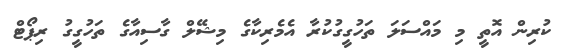
ކުރިން އޮތީ މި މައްސަލަ ތަހުގީގުކުރާ އެމެރިކާގެ މިޝޭލް ގާސިއާގެ ތަހުގީގު ރިޕޯޓް